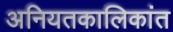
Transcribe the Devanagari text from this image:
अनियतकालिकांत